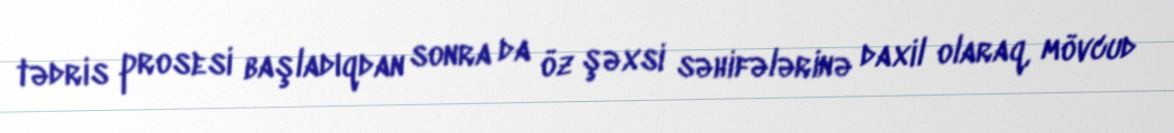
tədris prosesi başladıqdan sonra da öz şəxsi səhifələrinə daxil olaraq, mövcud